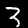
Digit: 3